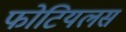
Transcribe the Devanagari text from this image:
फोटियलस